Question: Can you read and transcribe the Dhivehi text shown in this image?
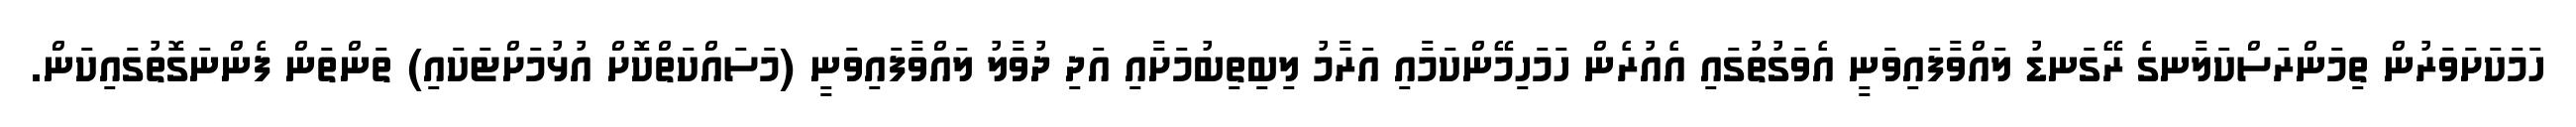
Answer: ހަމަކަށަވަރުން ތިމަންރަސްކަލާނގެ ރޭގަނޑު ލައްވާފައިވަނީ އެވަގުތުގައި އެއުރެން ހަމަހިމޭންކަމާއި އަރާމު ލިބިތިބުމަށާއި އަދި ދުވާލު ލައްވާފައިވަނީ (މަސައްކަތްކޮށް އުޅުމަށްޓަކައި) ތަންތަން ފެންނަގޮތުގައިކަން.